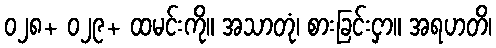
၀၂၈+ ၀၂၉+ ထမင်းကို။ အသာတုံ၊ စားခြင်းငှာ။ အရဟတိ၊